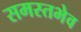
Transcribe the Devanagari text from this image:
समस्तभेव